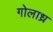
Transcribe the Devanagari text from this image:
गोलाध्र